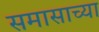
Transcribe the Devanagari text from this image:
समासाच्या